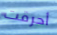
أحرقت